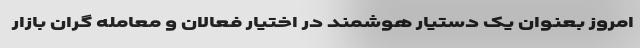
امروز بعنوان یک دستیار هوشمند در اختیار فعالان و معامله گران بازار